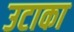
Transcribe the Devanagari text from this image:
उटाका